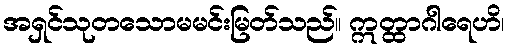
အရှင်သုတသောမမင်းမြတ်သည်။ ဣတ္ထာဂါရေဟိ၊